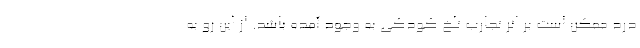
درد ممکن است بر اثر تجارب تلخ کودکی به وجود آمده باشد. از این رو به